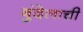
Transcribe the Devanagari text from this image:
बुंदेलाची